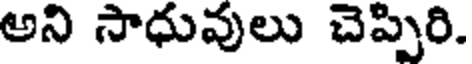
అని సాధువులు చెప్పిరి.